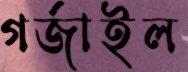
গর্জাইল